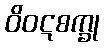
ဝိဝဋစက္ခု